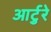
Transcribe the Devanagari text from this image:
आर्टुरे